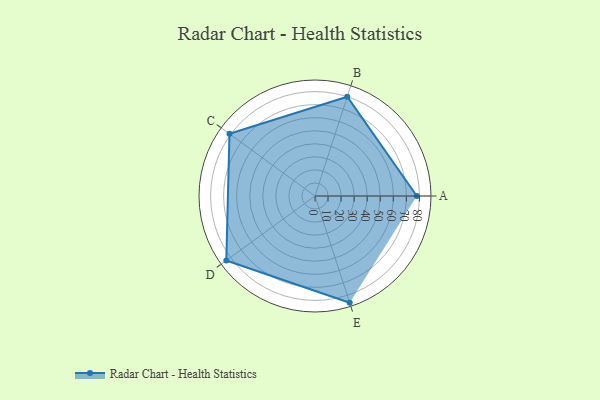
{"axis": {"x": "Skill", "y": "Score"}, "legend": ["Profile"], "data": [{"x": "A", "y": 78.0, "type": "Profile"}, {"x": "B", "y": 80.0, "type": "Profile"}, {"x": "C", "y": 81.0, "type": "Profile"}, {"x": "D", "y": 84.0, "type": "Profile"}, {"x": "E", "y": 86.0, "type": "Profile"}]}